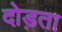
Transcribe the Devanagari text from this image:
दोड़ता